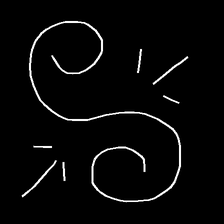
Glyph: wind-directs-air